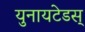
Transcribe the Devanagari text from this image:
युनायटेडस्